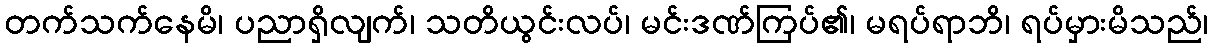
တက်သက်နေမိ၊ ပညာရှိလျက်၊ သတိယွင်းလပ်၊ မင်းဒဏ်ကြပ်၏၊ မရပ်ရာဘိ၊ ရပ်မှားမိသည်၊